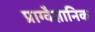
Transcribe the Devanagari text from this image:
प्राग्वैज्ञानिक